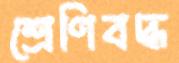
শ্রেণিবদ্ধ